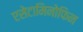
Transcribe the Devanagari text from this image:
एसेटामिनोफिन